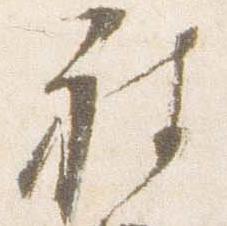
被